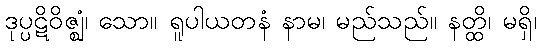
ဒုပ္ပဋိဝိဇ္ဈံ၊ သော။ ရူပါယတနံ နာမ၊ မည်သည်။ နတ္ထိ၊ မရှိ၊